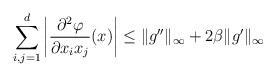
LaTeX: \begin{align*}\sum_{i,j=1}^d\left|\frac{\partial^2\varphi}{\partial x_ix_j}(x)\right|\leq\|g''\|_\infty+2\beta\|g'\|_\infty\end{align*}